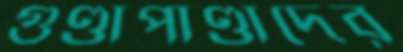
গুণ্ডাপাণ্ডাদের